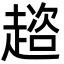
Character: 趦